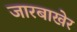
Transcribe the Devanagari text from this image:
जारबाखेर